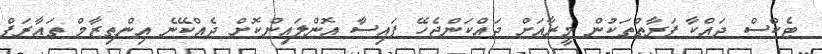
ޓެކްސް ދައްކާ ފަރާތްތަކުން މީރާއަށް ދައްކަންޖެހޭ ފައިސާ އޮންލައިންކޮށް ދެއްކޭނެ އިންތިޒާމް ތައާރަފް